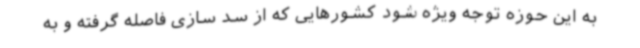
به این حوزه توجه ویژه شود کشورهایی که از سد سازی فاصله گرفته و به